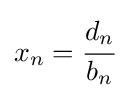
x_{n}={\cfrac {d_{n}}{b_{n}}}